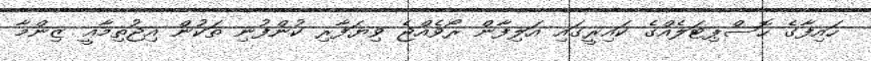
ހައިފާގެ ހޮސްޕިޓަލެއްގެ ކައިރީގައި އަލިފާން ރޯވެއްޖެ ވިޔަފާރި ކުންފުނި ތަކުން އިޖުތިމާޢީ ޒިންމާ